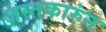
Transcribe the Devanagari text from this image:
जस्तकारुंन